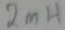
Text: 2mH